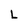
Character: L